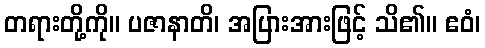
တရားတို့ကို။ ပဇာနာတိ၊ အပြားအားဖြင့် သိ၏။ ဧဝံ၊